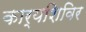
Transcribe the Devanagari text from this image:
कार्यशिविर